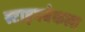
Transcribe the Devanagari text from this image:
स्टाइनबेकला